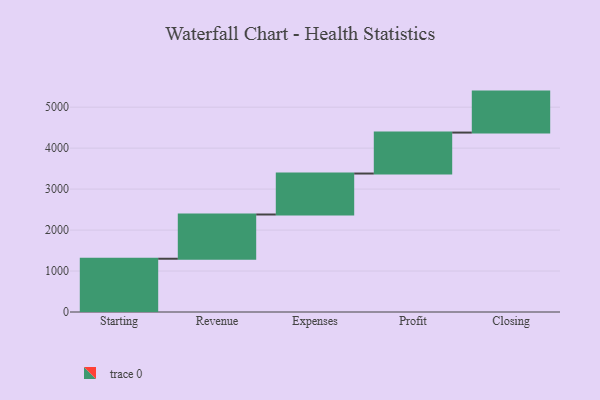
{"axis": {"x": "Step", "y": "Value"}, "legend": [""], "data": [{"x": "Starting", "y": 1300.0, "type": ""}, {"x": "Revenue", "y": 1080.0, "type": ""}, {"x": "Expenses", "y": 1000, "type": ""}, {"x": "Profit", "y": 1000, "type": ""}, {"x": "Closing", "y": 1000, "type": ""}]}